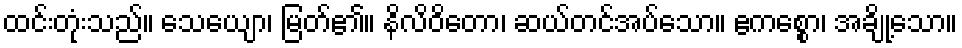
ထင်းတုံးသည်။ သေယျော၊ မြတ်၏။ နိလိဝိတော၊ ဆယ်တင်အပ်သော။ ဧကစ္စော၊ အချို့သော။